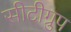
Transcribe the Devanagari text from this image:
सीटीग्रुप